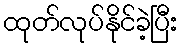
ထုတ်လုပ်နိုင်ခဲ့ပြီး